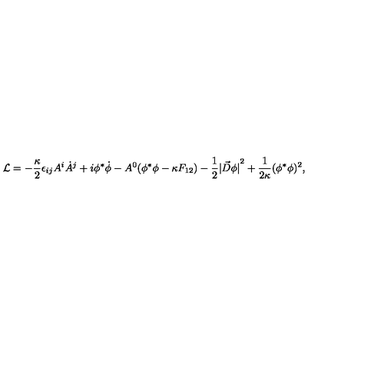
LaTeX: { \cal L } = - { \frac { \kappa } { 2 } } \epsilon _ { i j } A ^ { i } \dot { A } ^ { j } + i \phi ^ { * } \dot { \phi } - A ^ { 0 } ( \phi ^ { * } \phi - \kappa F _ { 1 2 } ) - { \frac { 1 } { 2 } } { | { \vec { D } } \phi | } ^ { 2 } + { \frac { 1 } { 2 \kappa } } ( \phi ^ { * } \phi ) ^ { 2 } ,